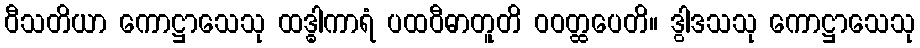
ဝီသတိယာ ကောဋ္ဌာသေသု ထဒ္ဓါကာရံ ပထဝီဓာတူတိ ဝဝတ္ထပေတိ။ ဒွါဒသသု ကောဋ္ဌာသေသု